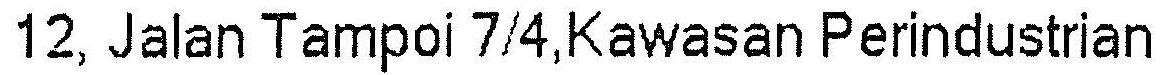
12, JALAN TAMPOI 7/4,KAWASAN PERINDUSTRIAN